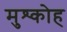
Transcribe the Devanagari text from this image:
मुश्कोह